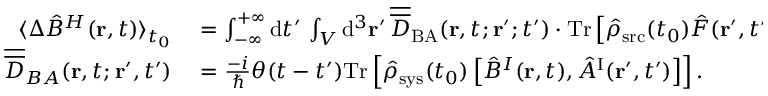
\begin{array} { r l } { \langle \Delta \hat { B } ^ { H } ( { \bf r } , t ) \rangle _ { t _ { 0 } } } & { { } = \int _ { - \infty } ^ { + \infty } \mathrm { d } t ^ { \prime } \, \int _ { \cal V } \mathrm { d } ^ { 3 } { \bf r } ^ { \prime } \, \overline { { \overline { { D } } } } _ { \mathrm { B A } } ( { \bf r } , t ; { \bf r } ^ { \prime } ; t ^ { \prime } ) \cdot \mathrm { T r } \left[ \hat { \rho } _ { \mathrm { s r c } } ( t _ { 0 } ) \hat { F } ( { \bf r } ^ { \prime } , t ^ { \prime } ) \right] } \\ { \overline { { \overline { { D } } } } _ { B A } ( { \bf r } , t ; { \bf r } ^ { \prime } , t ^ { \prime } ) } & { { } = \frac { - i } { \hbar } \theta ( t - t ^ { \prime } ) \mathrm { T r } \left[ \hat { \rho } _ { \mathrm { s y s } } ( t _ { 0 } ) \left[ \hat { B } ^ { I } ( { \bf r } , t ) , \hat { A } ^ { \mathrm { I } } ( { \bf r } ^ { \prime } , t ^ { \prime } ) \right] \right] . } \end{array}